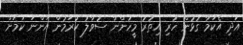
އަދި އެކަމާ ގުޅުން ހުރި އިތުރު މީހުންނާ ސުވާލު ކުރަމުން އަންނަ ކަމަށް